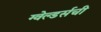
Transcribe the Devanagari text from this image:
ग्वेल्डर्सची